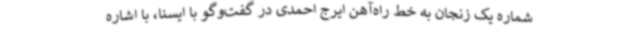
شماره یک زنجان به خط راه‌آهن ایرج احمدی در گفت‌وگو با ایسنا، با اشاره